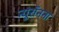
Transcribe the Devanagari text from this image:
न्यूरॉनना